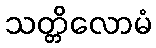
သတ္တိလောမံ